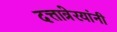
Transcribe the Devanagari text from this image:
दत्तात्रेरयांनी